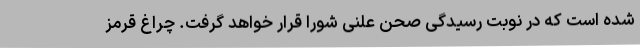
شده است که در نوبت رسیدگی صحن علنی شورا قرار خواهد گرفت. چراغ قرمز